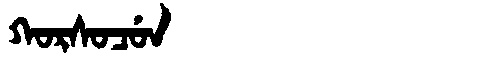
Manchu: ᡴᠣᡵᠰᠣᠴᡠᠨ
Romanization: KORSOCUN